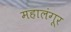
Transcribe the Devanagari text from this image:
महालंगूर